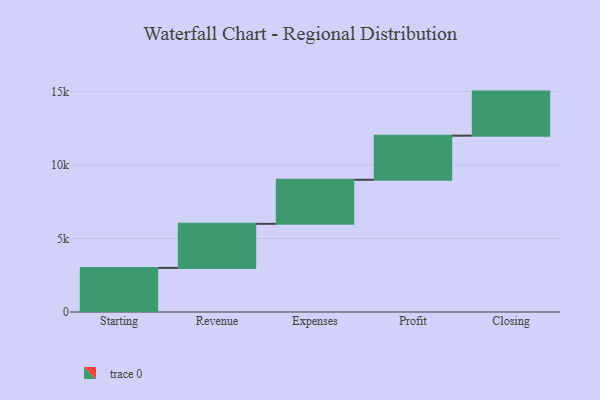
{"axis": {"x": "Step", "y": "Value"}, "legend": [""], "data": [{"x": "Starting", "y": 3000, "type": ""}, {"x": "Revenue", "y": 3000, "type": ""}, {"x": "Expenses", "y": 3000, "type": ""}, {"x": "Profit", "y": 3000, "type": ""}, {"x": "Closing", "y": 3000, "type": ""}]}